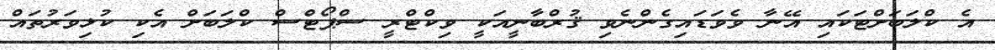
އެ ކްލަބަށްޓަކައި އޭނާ ވެވަޑައިގެންނެވި ޤުރްބާނީއަކީ ވިކްޓްރީ ސްޕޯޓްސް ކްލަބަށް އެކި ކުޅިވަރުތައް